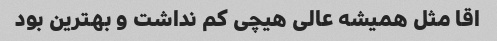
اقا مثل همیشه عالى هیچى کم نداشت و بهترین بود